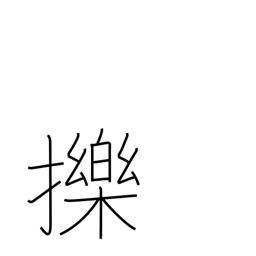
Meaning: funny